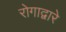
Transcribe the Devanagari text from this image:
रोगाद्वारे